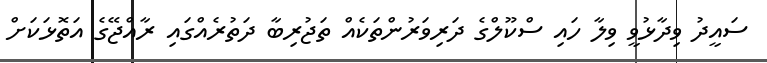
ސައީދު ވިދާޅުވީ ވިލާ ހައި ސްކޫލްގެ ދަރިވަރުންތަކެއް ތަޖުރިބާ ދަތުރެއްގައި ރާއްޖޭގެ އަތޮޅަކަށް